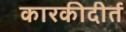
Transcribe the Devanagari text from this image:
कारकीदीर्त